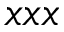
x x x